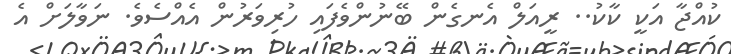
ކުއްޖާ އަކީ ކާކު.. ރީއަލް އެނގެން ބޭނުންވެފައި ހުރިވަރުން އެއްސެވެ. ނަވާލަށް އެ